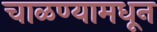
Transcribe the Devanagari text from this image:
चाळण्यामधून